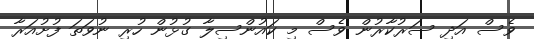
ވެސް އަދި ސަރުކާރުން ވެސް މި ކައުންސިލާ ގުޅުން ހުރި ނުވަތަ ފުށުއަރާ